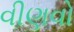
વીણવો